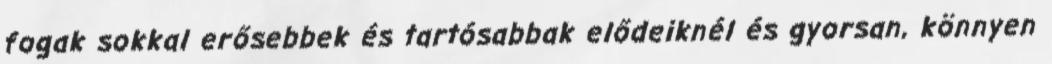
fogak sokkal erősebbek és tartósabbak elődeiknél és gyorsan, könnyen